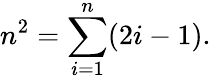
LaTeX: n^{2}=\sum_{i=1}^{n}(2i-1).